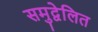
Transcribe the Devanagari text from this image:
समुद्वेलित